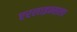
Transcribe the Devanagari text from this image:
एरलाइन्सला